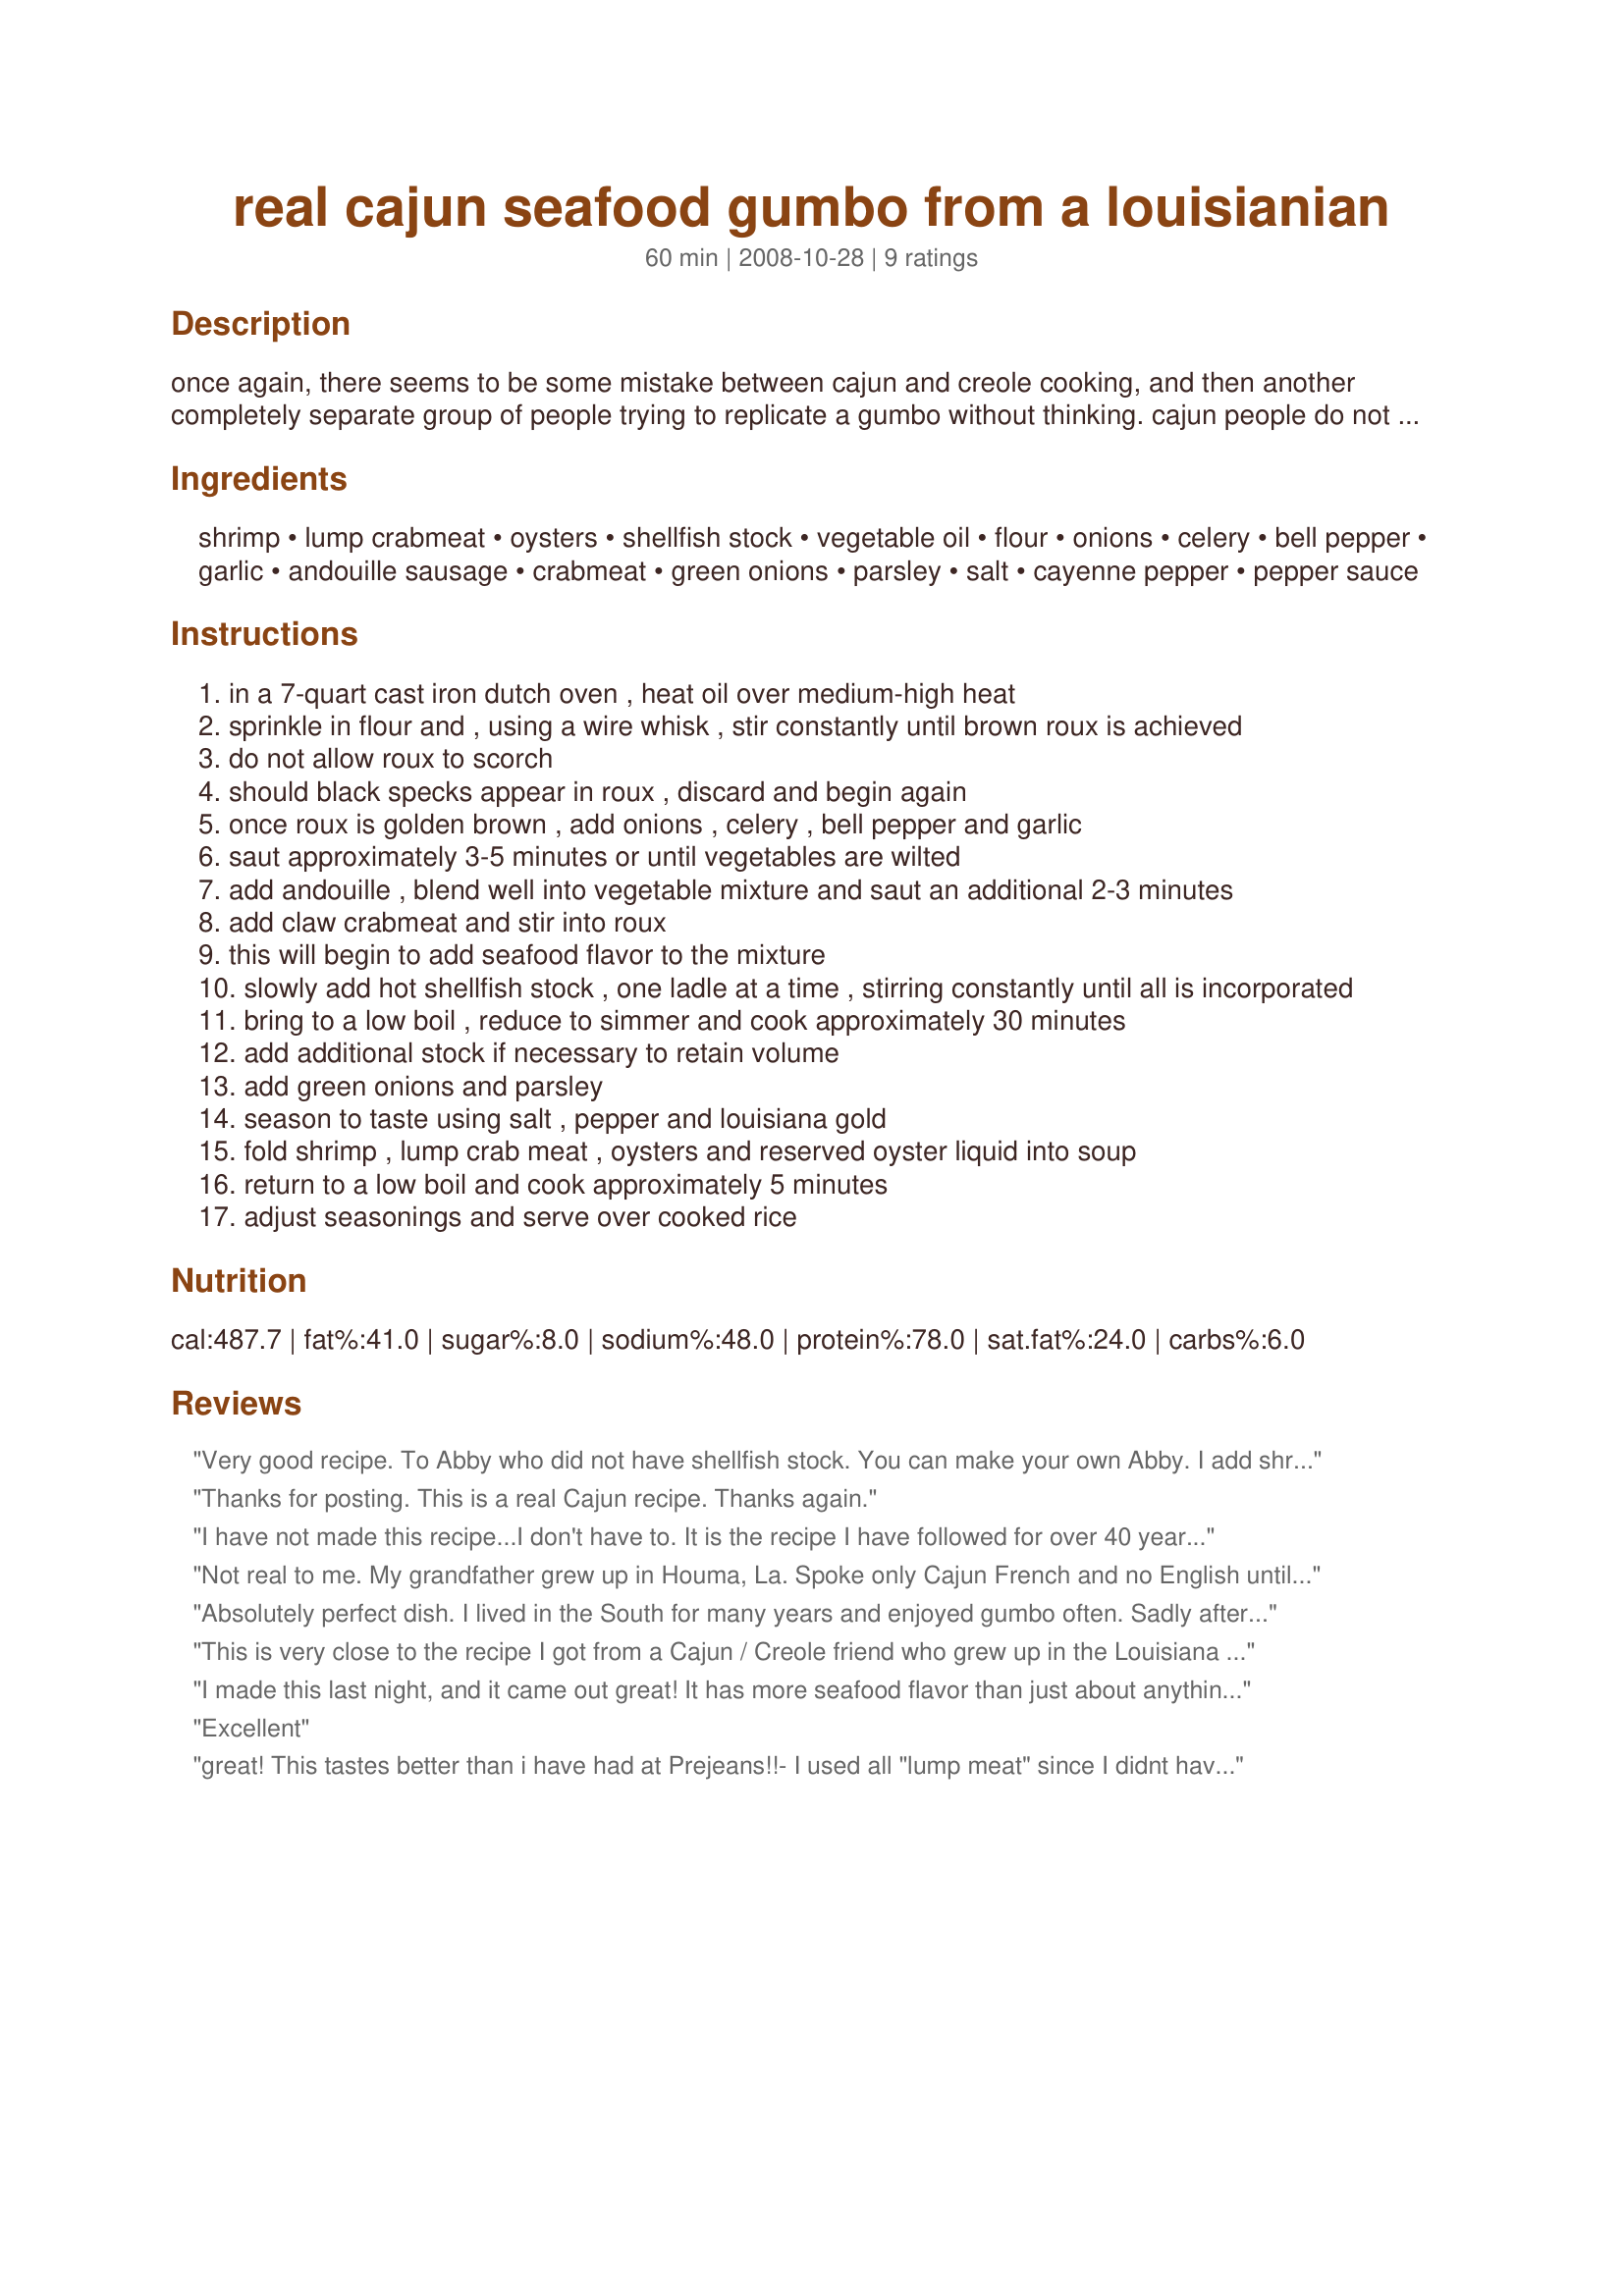
real cajun seafood gumbo from a louisianian
Preparation time: 60 minutes

once again, there seems to be some mistake between cajun and creole cooking, and then another completely separate group of people trying to replicate a gumbo without thinking.
cajun people do not use tomatoes and okra in their gumbo.
we also do not use already made soups, or bases in our gumbos.

we use very simple ingredients and get a very good result.

please do not season with hot sauce at the table, it's rude.

please do not use more andouille than the recipe calls for, you will regret it later!

Ingredients:
shrimp, lump crabmeat, oysters, shellfish stock, vegetable oil, flour, onions, celery, bell pepper, garlic, andouille sausage, crabmeat, green onions, parsley, salt, cayenne pepper, pepper sauce

Steps:
in a 7-quart cast iron dutch oven , heat oil over medium-high heat
sprinkle in flour and , using a wire whisk , stir constantly until brown roux is achieved
do not allow roux to scorch
should black specks appear in roux , discard and begin again
once roux is golden brown , add onions , celery , bell pepper and garlic
saut approximately 3-5 minutes or until vegetables are wilted
add andouille , blend well into vegetable mixture and saut an additional 2-3 minutes
add claw crabmeat and stir into roux
this will begin to add seafood flavor to the mixture
slowly add hot shellfish stock , one ladle at a time , stirring constantly until all is incorporated
bring to a low boil , reduce to simmer and cook approximately 30 minutes
add additional stock if necessary to retain volume
add green onions and parsley
season to taste using salt , pepper and louisiana gold
fold shrimp , lump crab meat , oysters and reserved oyster liquid into soup
return to a low boil and cook approximately 5 minutes
adjust seasonings and serve over cooked rice

Reviews:
Very good recipe. To Abby who did not have shellfish stock. You can make your own Abby. I add shrimp, oysters, and scallops to the gumbo. Take the shells off of the shrimp and boil for 45 minutes. There aren't many things better than a big bowl of gumbo.
Thanks for posting. This is a real Cajun recipe. Thanks again.
I have not made this recipe...I don't have to. It is the recipe I have followed for over 40 years. I make the same recipe my mother's mother made. They come from the small town of Kaplan, LA, try to find that on the map. It was a delight to find it here. It is REAL Cajun.
Not real to me. My grandfather grew up in Houma, La. Spoke only Cajun French and no English untilhe was 12. His recipe DOES include okra,tomatoes &amp; bay leaf.
Absolutely perfect dish. I lived in the South for many years and enjoyed gumbo often. Sadly after returning to Australia very few people understood what gumbo really was. This recipe was well worth the search. Best Gumbo ever!
This is very close to the recipe I got from a Cajun / Creole friend who grew up in the Louisiana backwoods swamps. His recipe also included okra, tomatoes, and bay-leaf, but used crawfish instead of, or in addition to, crab meat. Real good food from real good people!
I made this last night, and it came out great! It has more seafood flavor than just about anything I've ever made. The taste is strong enough to be interesting but mild enough to let the flavor of the crab really shine through. I couldn't get shellfish stock, so I mixed bonito (fish) stock with a bottle of clam juice and simmered the shrimp shells in it.
Excellent
great! This tastes better than i have had at Prejeans!!- I used all "lump meat" since I didnt have any claw meat. I froze some for later.Thanks for this awesome recipe.
